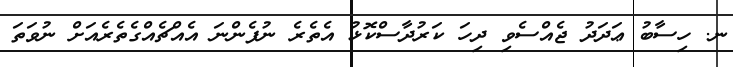
ނ. ހިސާބު ޢަދަދު ޖެއްސެވި ދިހަ ކަރުދާސްކޮޅު އެތެރެ ނުފެންނަ އެއްޗެއްގެތެރެއަށް ނުވަތަ